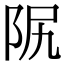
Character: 𨸰